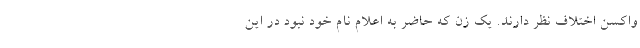
واکسن اختلاف نظر دارند. یک زن که حاضر به اعلام نام خود نبود در این